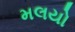
મલયો